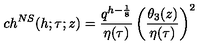
c h ^ { N S } ( h ; \tau ; z ) = { \frac { q ^ { h - { \frac { 1 } { 8 } } } } { \eta ( \tau ) } } \left( { \frac { \theta _ { 3 } ( z ) } { \eta ( \tau ) } } \right) ^ { 2 }